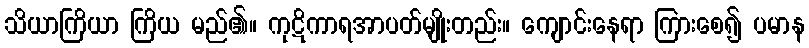
သိယာကြိယာ ကြိယ မည်၏။ ကုဋိကာရအာပတ်မျိုးတည်း။ ကျောင်းနေရာ ကြားစေ၍ ပမာန